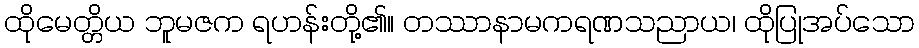
ထိုမေတ္တိယ ဘူမဇက ရဟန်းတို့၏။ တဿာနာမကရဏသညာယ၊ ထိုပြုအပ်သော